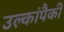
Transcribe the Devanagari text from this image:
उल्कांपैकी